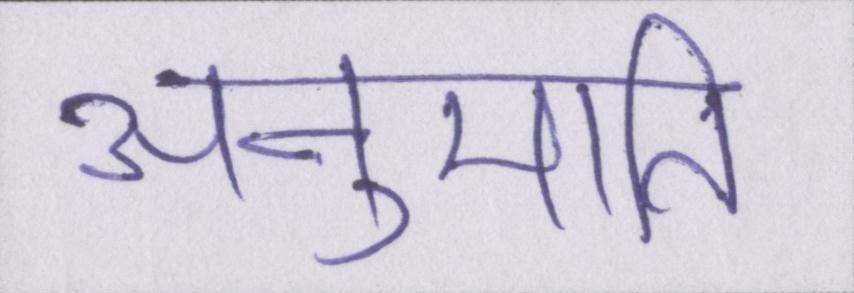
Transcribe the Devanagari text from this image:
अनुमति